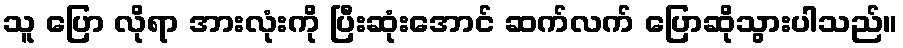
သူ ပြော လိုရာ အားလုံးကို ပြီးဆုံးအောင် ဆက်လက် ပြောဆိုသွားပါသည်။